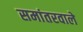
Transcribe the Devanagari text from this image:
समांतरवाले